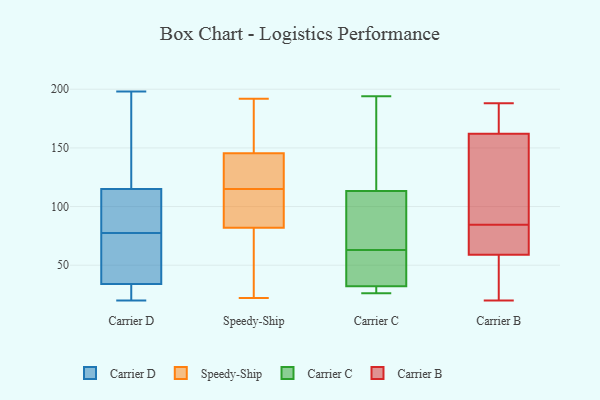
{"axis": {"x": "Net Income (USD K)", "y": "Value"}, "legend": ["Carrier B", "Carrier C", "Carrier D", "Speedy-Ship"], "data": [{"x": "", "y": 192, "type": "Carrier D"}, {"x": "", "y": 58, "type": "Carrier D"}, {"x": "", "y": 198, "type": "Carrier D"}, {"x": "", "y": 22, "type": "Carrier D"}, {"x": "", "y": 81, "type": "Carrier D"}, {"x": "", "y": 42, "type": "Carrier D"}, {"x": "", "y": 84, "type": "Carrier D"}, {"x": "", "y": 34, "type": "Carrier D"}, {"x": "", "y": 173, "type": "Carrier D"}, {"x": "", "y": 193, "type": "Carrier D"}, {"x": "", "y": 20, "type": "Carrier D"}, {"x": "", "y": 59, "type": "Carrier D"}, {"x": "", "y": 28, "type": "Carrier D"}, {"x": "", "y": 74, "type": "Carrier D"}, {"x": "", "y": 107, "type": "Carrier D"}, {"x": "", "y": 115, "type": "Carrier D"}, {"x": "", "y": 25, "type": "Carrier D"}, {"x": "", "y": 88, "type": "Carrier D"}, {"x": "", "y": 192, "type": "Speedy-Ship"}, {"x": "", "y": 140, "type": "Speedy-Ship"}, {"x": "", "y": 188, "type": "Speedy-Ship"}, {"x": "", "y": 41, "type": "Speedy-Ship"}, {"x": "", "y": 22, "type": "Speedy-Ship"}, {"x": "", "y": 107, "type": "Speedy-Ship"}, {"x": "", "y": 162, "type": "Speedy-Ship"}, {"x": "", "y": 71, "type": "Speedy-Ship"}, {"x": "", "y": 84, "type": "Speedy-Ship"}, {"x": "", "y": 120, "type": "Speedy-Ship"}, {"x": "", "y": 179, "type": "Speedy-Ship"}, {"x": "", "y": 87, "type": "Speedy-Ship"}, {"x": "", "y": 118, "type": "Speedy-Ship"}, {"x": "", "y": 76, "type": "Speedy-Ship"}, {"x": "", "y": 115, "type": "Speedy-Ship"}, {"x": "", "y": 113, "type": "Speedy-Ship"}, {"x": "", "y": 121, "type": "Speedy-Ship"}, {"x": "", "y": 26, "type": "Carrier C"}, {"x": "", "y": 194, "type": "Carrier C"}, {"x": "", "y": 110, "type": "Carrier C"}, {"x": "", "y": 27, "type": "Carrier C"}, {"x": "", "y": 29, "type": "Carrier C"}, {"x": "", "y": 187, "type": "Carrier C"}, {"x": "", "y": 57, "type": "Carrier C"}, {"x": "", "y": 108, "type": "Carrier C"}, {"x": "", "y": 33, "type": "Carrier C"}, {"x": "", "y": 123, "type": "Carrier C"}, {"x": "", "y": 46, "type": "Carrier C"}, {"x": "", "y": 63, "type": "Carrier C"}, {"x": "", "y": 107, "type": "Carrier C"}, {"x": "", "y": 89, "type": "Carrier B"}, {"x": "", "y": 58, "type": "Carrier B"}, {"x": "", "y": 42, "type": "Carrier B"}, {"x": "", "y": 163, "type": "Carrier B"}, {"x": "", "y": 79, "type": "Carrier B"}, {"x": "", "y": 182, "type": "Carrier B"}, {"x": "", "y": 162, "type": "Carrier B"}, {"x": "", "y": 79, "type": "Carrier B"}, {"x": "", "y": 188, "type": "Carrier B"}, {"x": "", "y": 59, "type": "Carrier B"}, {"x": "", "y": 80, "type": "Carrier B"}, {"x": "", "y": 152, "type": "Carrier B"}, {"x": "", "y": 20, "type": "Carrier B"}, {"x": "", "y": 138, "type": "Carrier B"}]}